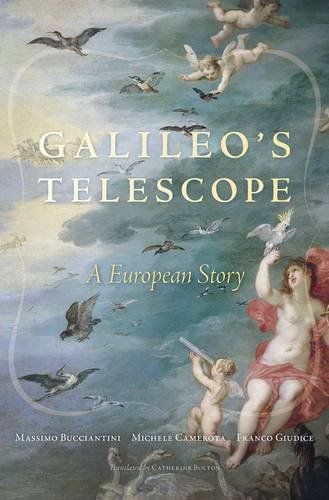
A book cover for Galileo's Telescope: A European Story; Massimo Bucciantini; Science & Math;